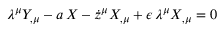
\lambda ^ { \mu } Y _ { , \mu } - a \, X - \dot { z } ^ { \mu } X _ { , \mu } + \epsilon \, \lambda ^ { \mu } X _ { , \mu } = 0